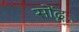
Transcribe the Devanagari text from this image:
सोंढू